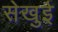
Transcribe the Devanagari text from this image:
सेखुई